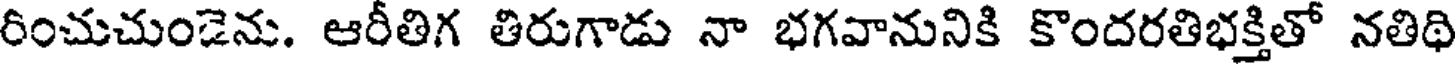
రించుచుంజెను. ఆరీతిగ తిరుగాడు నా భగవానునికి కొందరతిభక్తితో నతిథి